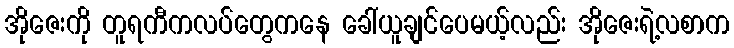
အိုဇေးကို တူရကီကလပ်တွေကနေ ခေါ်ယူချင်ပေမယ့်လည်း အိုဇေးရဲ့လစာက